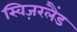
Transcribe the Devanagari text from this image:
स्विज़रलैंड